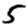
Digit: 5